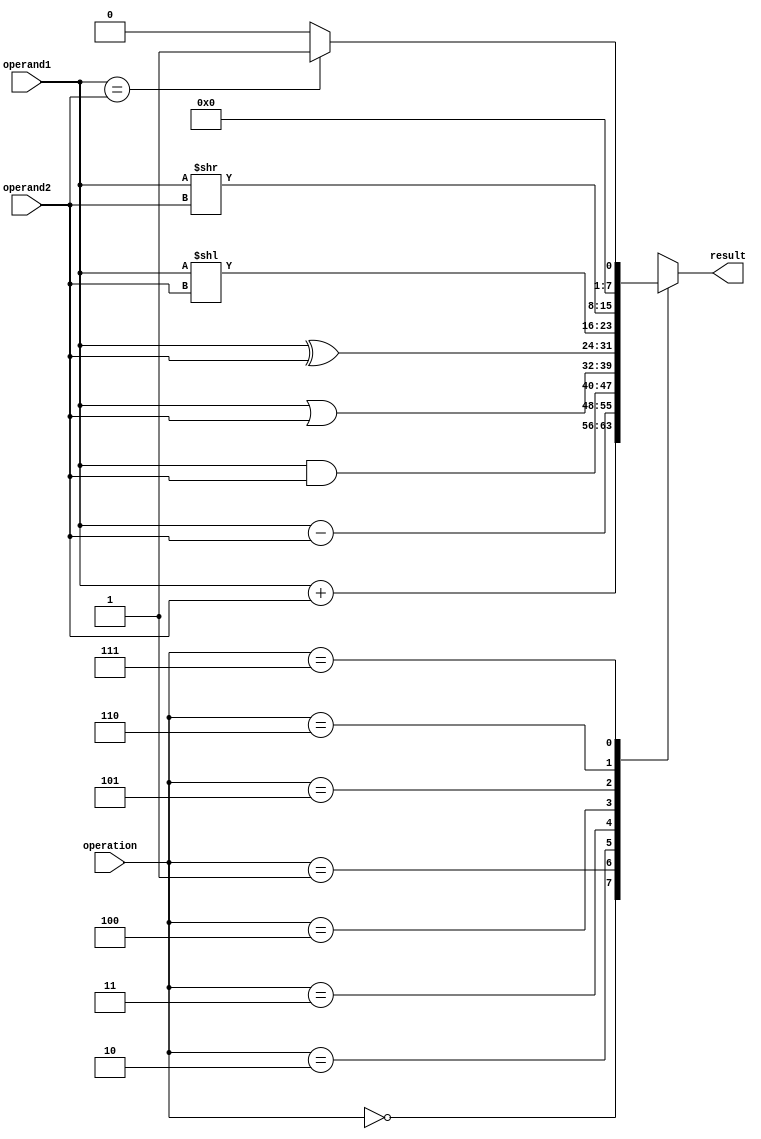
module ALU (
    input wire [7:0] operand1,
    input wire [7:0] operand2,
    input wire [2:0] operation,
    output reg [7:0] result
);

always @ (operand1, operand2, operation) begin
    case(operation)
        3'b000: result <= operand1 + operand2; // Addition
        3'b001: result <= operand1 - operand2; // Subtraction
        3'b010: result <= operand1 & operand2; // Bitwise AND
        3'b011: result <= operand1 | operand2; // Bitwise OR
        3'b100: result <= operand1 ^ operand2; // Bitwise XOR
        3'b101: result <= operand1 << operand2; // Left shift
        3'b110: result <= operand1 >> operand2; // Right shift
        3'b111: result <= (operand1 == operand2) ? 8'b1 : 8'b0; // Comparison
        default: result <= 8'd0; // Default case
    endcase
end

endmodule